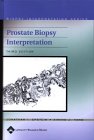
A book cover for Prostate Biopsy Interpretation (Book without CD-ROM); Jonathan I. Epstein; Health, Fitness & Dieting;